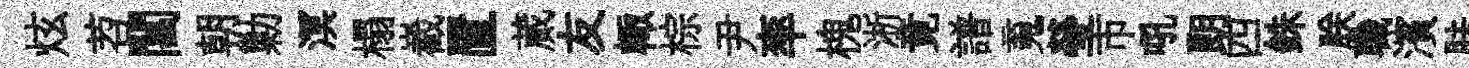
炫苕閶朝勦溟榻嶻置蕆友輙棕尹率槐淅竟譜䰟瑩市吼朗四銖朕職濱胠